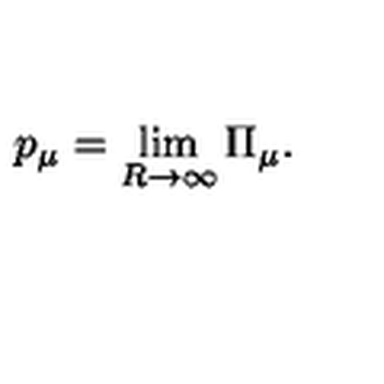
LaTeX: p _ { \mu } = \lim _ { R \to \infty } \Pi _ { \mu } .